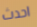
احدث